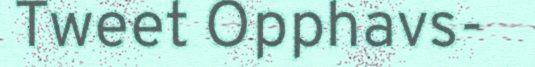
Tweet Opphavs-